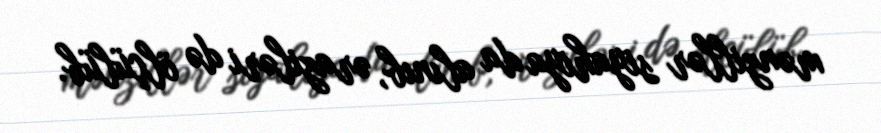
mənzillər siyahıya da alınıb, əraziləri də ölçülüb.